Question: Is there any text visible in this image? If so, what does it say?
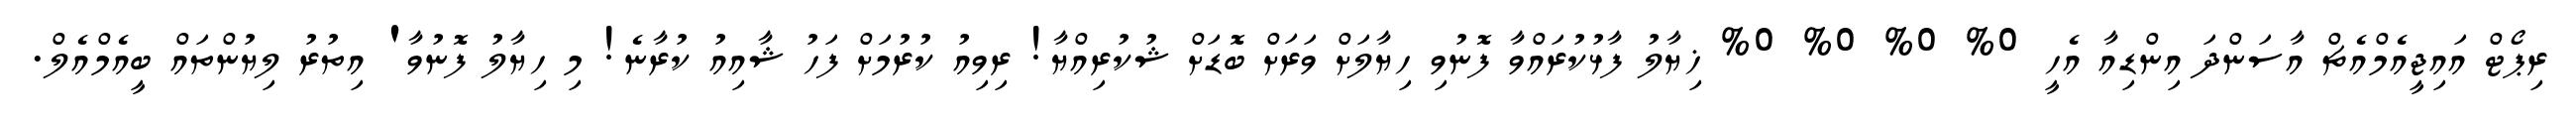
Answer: ރިޕޯޓް އައިޖީއެމްއެޗް އާސަންދަ އިންޑިއާ އެހީ 0% 0% 0% 0% ޚިޔާލު ފާޅުކުރައްވާ ފޮނުވި ހިޔާލަށް ވަރަށް ބޮޑަށް ޝުކުރިއްޔާ! ރިވިއު ކުރުމަށް ފަހު ޝާއިއު ކުރާނެ! މި ހިޔާލު ފޮނުވާ' އިތުރު ލިޔުންތައް ބީއެމްއެލް.